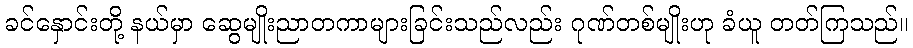
ခင်နှောင်းတို့ နယ်မှာ ဆွေမျိုးညာတကာများခြင်းသည်လည်း ဂုဏ်တစ်မျိုးဟု ခံယူ တတ်ကြသည်။